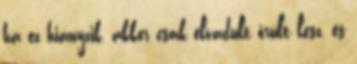
ha ez hiányzik, akkor csak elvadult őrült lesz, és